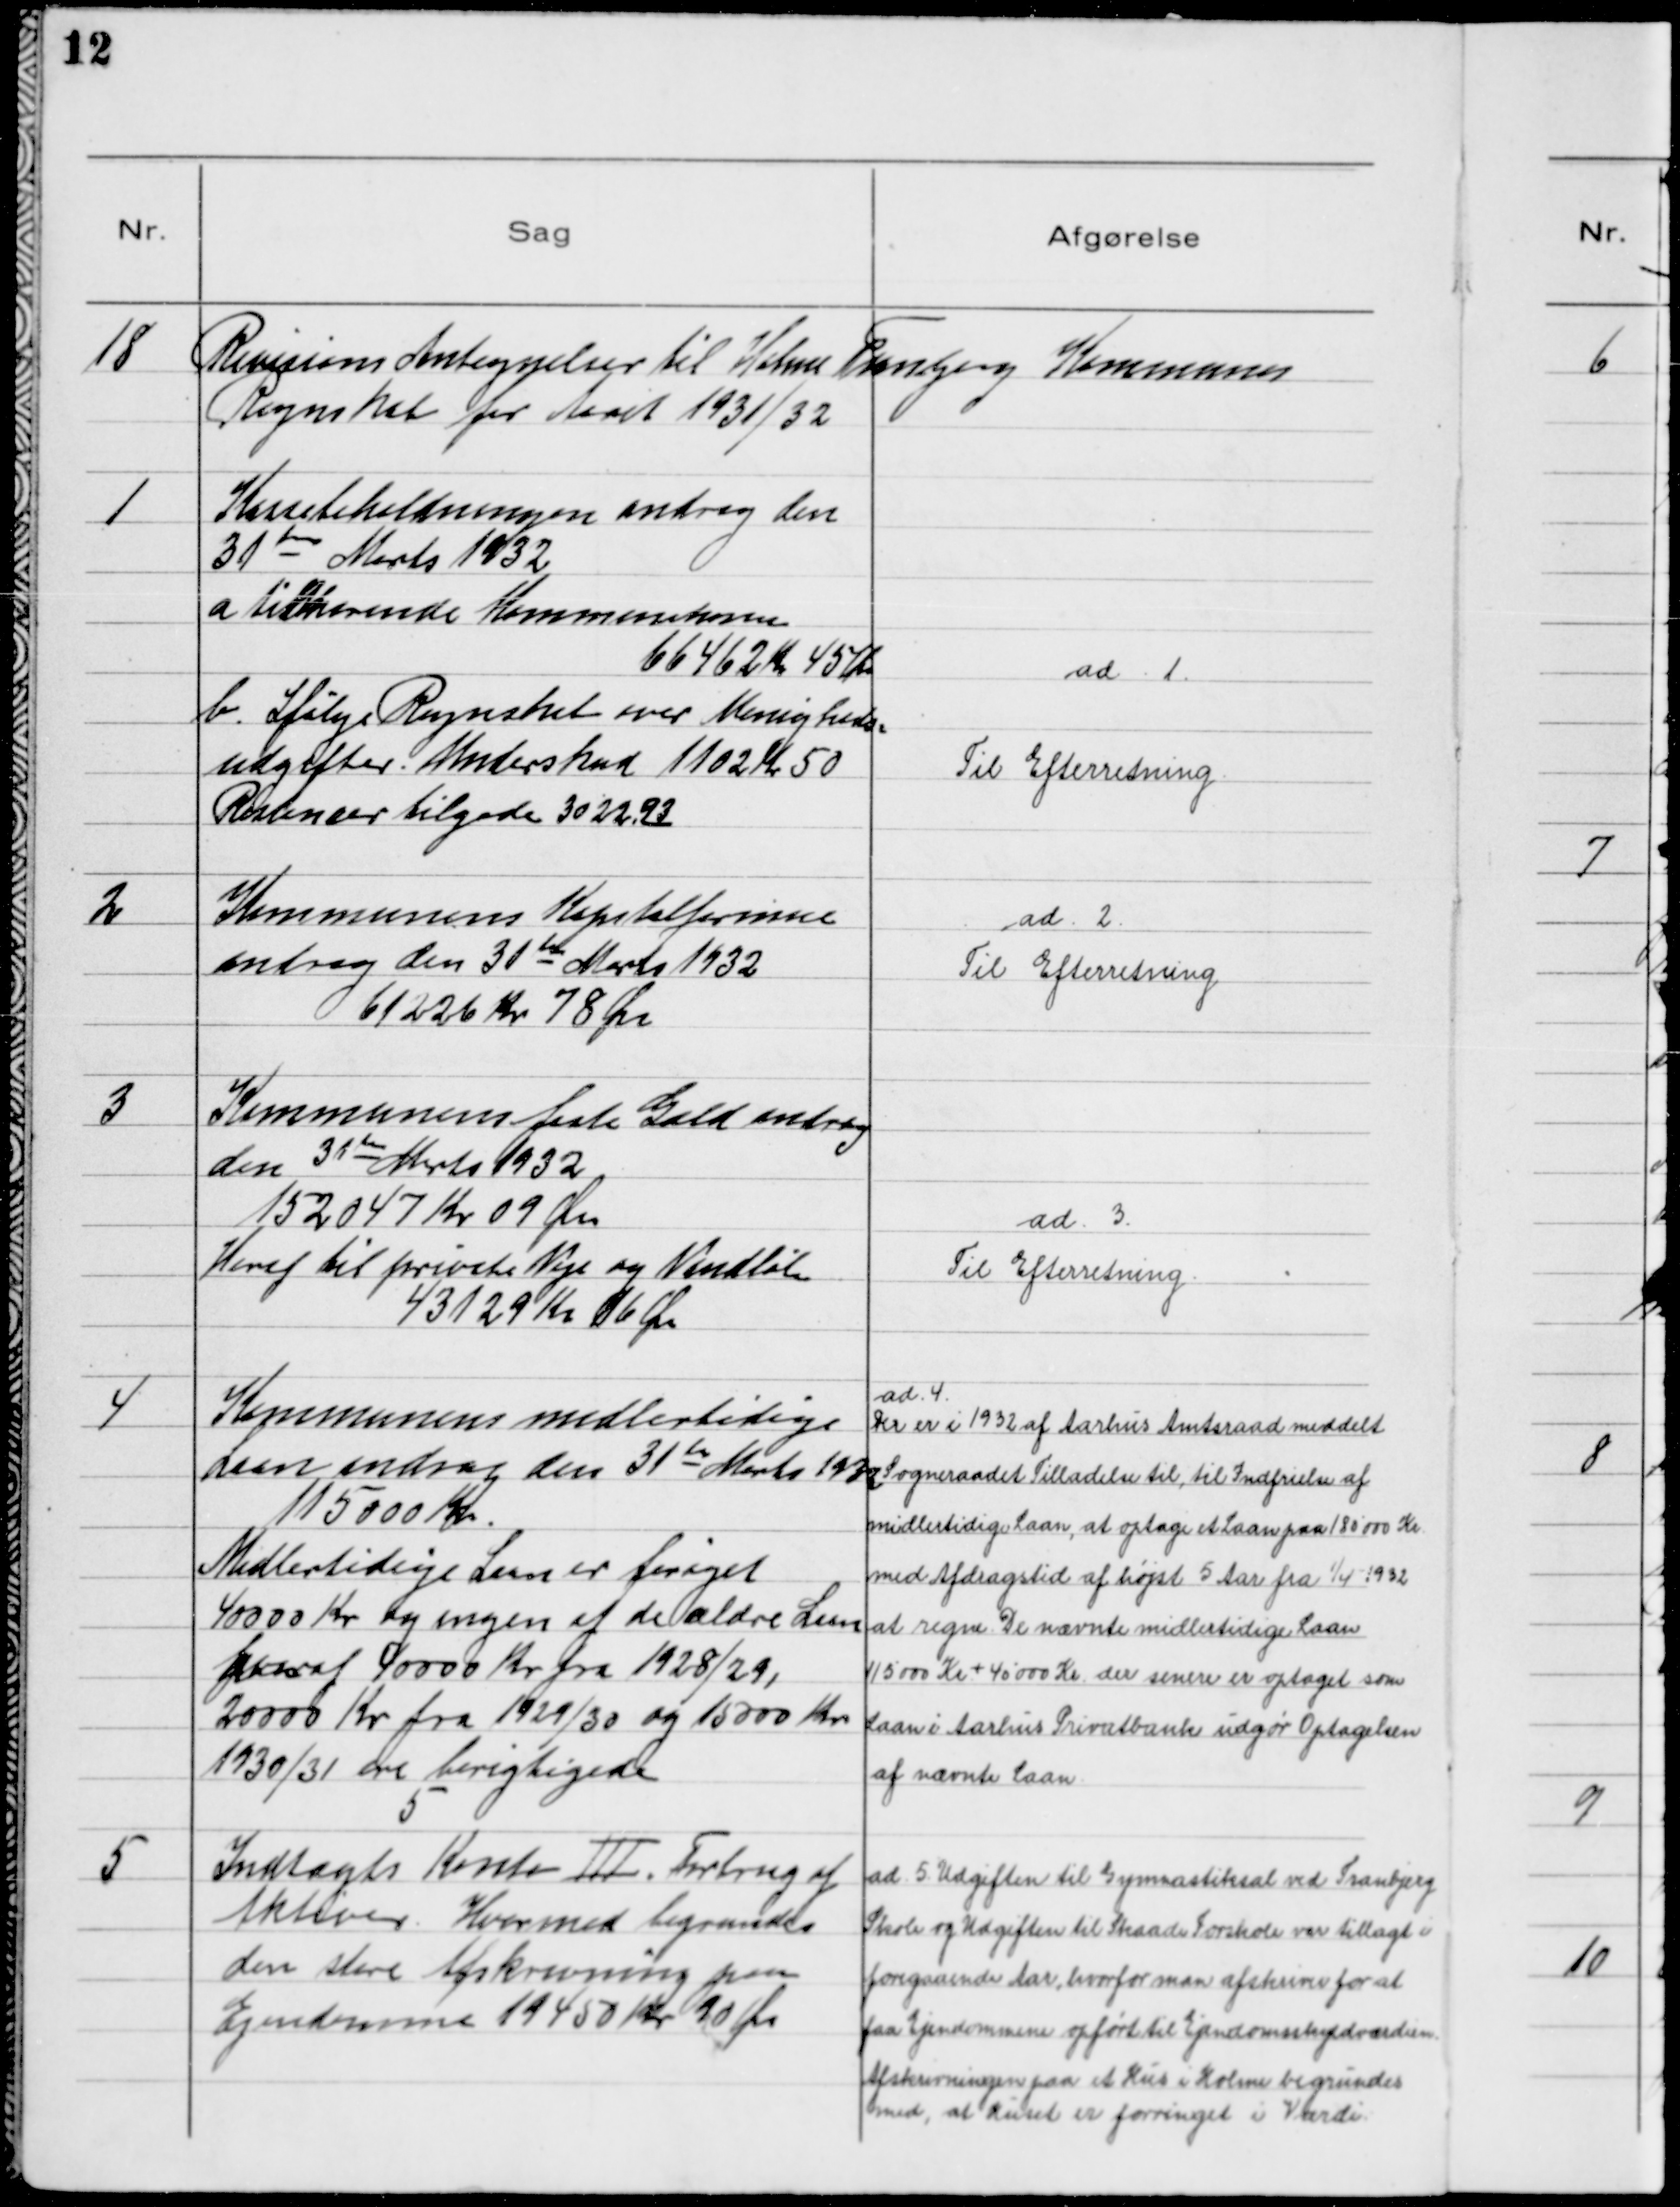
Transskription:
18
Revisions Antegnelse til Holme Tranbjerg Kommunes
Regnskab for Aaret 1931/32

1
Kassebeholdningen androg den
31 de Marts 1932
a. tilhørende Kommunekassen
66462 Kr 45 Øre
b. Ifølge Regnskabet over Menigheds-
udgifter. Underskud 1102 Kr 50
Restancer tilgode 3022.93

ad. 1.
Til Efterretning

2
Kommunens Kapitalformue
androg den 31 de Marts 1932
61226 Kr 78 Øre

ad. 2.
Til Efterretning

3
Kommunens faste Gæld androg
den 31 de Marts 1932
152047 Kr 09 Øre
Heraf til private Veje og Vandløb
43129 Kr 16 Øre

ad. 3.
Til Efterretning

4
Kommunens midlertidige
Laan androg den 31 de Marts 1932
115000 Kr.
Midlertidige Laan er forøget
40000 Kr og ingen af de ældre Laan
hvoraf 40000 Kr fra 1928/29,
20000 Kr fra 1929/30 og 15000 Kr
1930/31 er berigtigede

ad. 4.
Der er i 1932 af Aarhus Amtsraad meddelt
Sogneraadet Tilladelse til, til Indfrielse af
midlertidige Laan, at optage et Laan paa 180000 Kr
med Afdragstid af højst 5 Aar fra 1/4 1932
at regne. De nævnte midlertidige Laan
115000 Kr + 40000 Kr der senere er optaget som
Laan i Aarhus Privatbank udgør Optagelsen
af nævnte Laan

5
Indtægtskonto Ⅲ. Forbrug af
Aktiver Hvormed begrundes
den store Afskrivning paa
Ejendomme 19450 Kr 90 Øre

ad. 5. Udgifter til Gymnastiksal ved Tranbjerg
Skole og Udgifter til Skaade Forskole var tillagt i
foregaaende Aar, hvorfor man afskriver for at
faa Ejendommene opført til Ejendomsskyldværdien.
Afskrivningen paa et Hus i Holme begrundes
med, at Huset er forringet i Værdi.